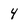
Character: 4